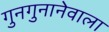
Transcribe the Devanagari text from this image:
गुनगुनानेवाला